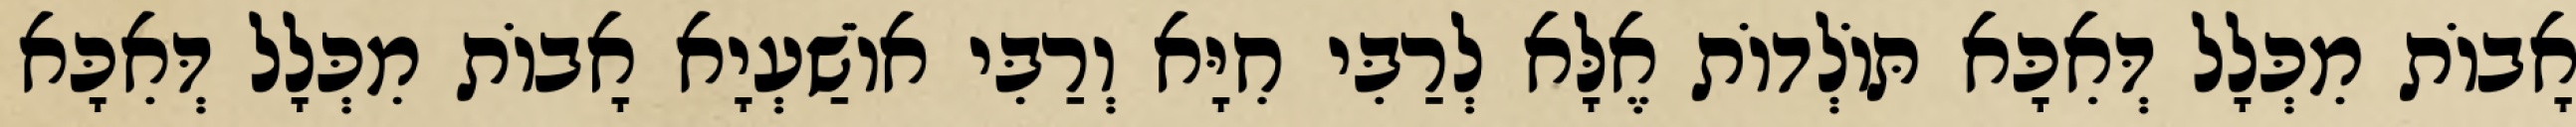
אָבוֹת מִכְּלָל דְּאִכָּא תּוֹלְדוֹת אֶלָּא לְרַבִּי חִיָּא וְרַבִּי אוֹשַׁעְיָא אָבוֹת מִכְּלָל דְּאִכָּא